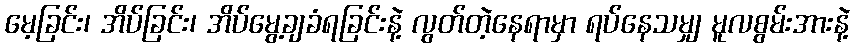
မေ့ခြင်း၊ အိပ်ခြင်း၊ အိပ်မွေ့ချခံရခြင်းနဲ့ လွတ်တဲ့နေရာမှာ ရပ်နေသမျှ မူလစွမ်းအားနဲ့